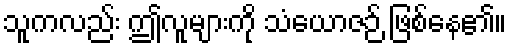
သူကလည်း ဤလူများကို သံယောဇဉ် ဖြစ်နေ၏။